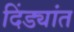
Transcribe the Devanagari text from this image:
दिंड्यांत